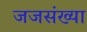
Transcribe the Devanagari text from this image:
जजसंख्या